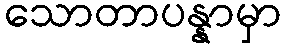
သောတာပန္နာမှာ